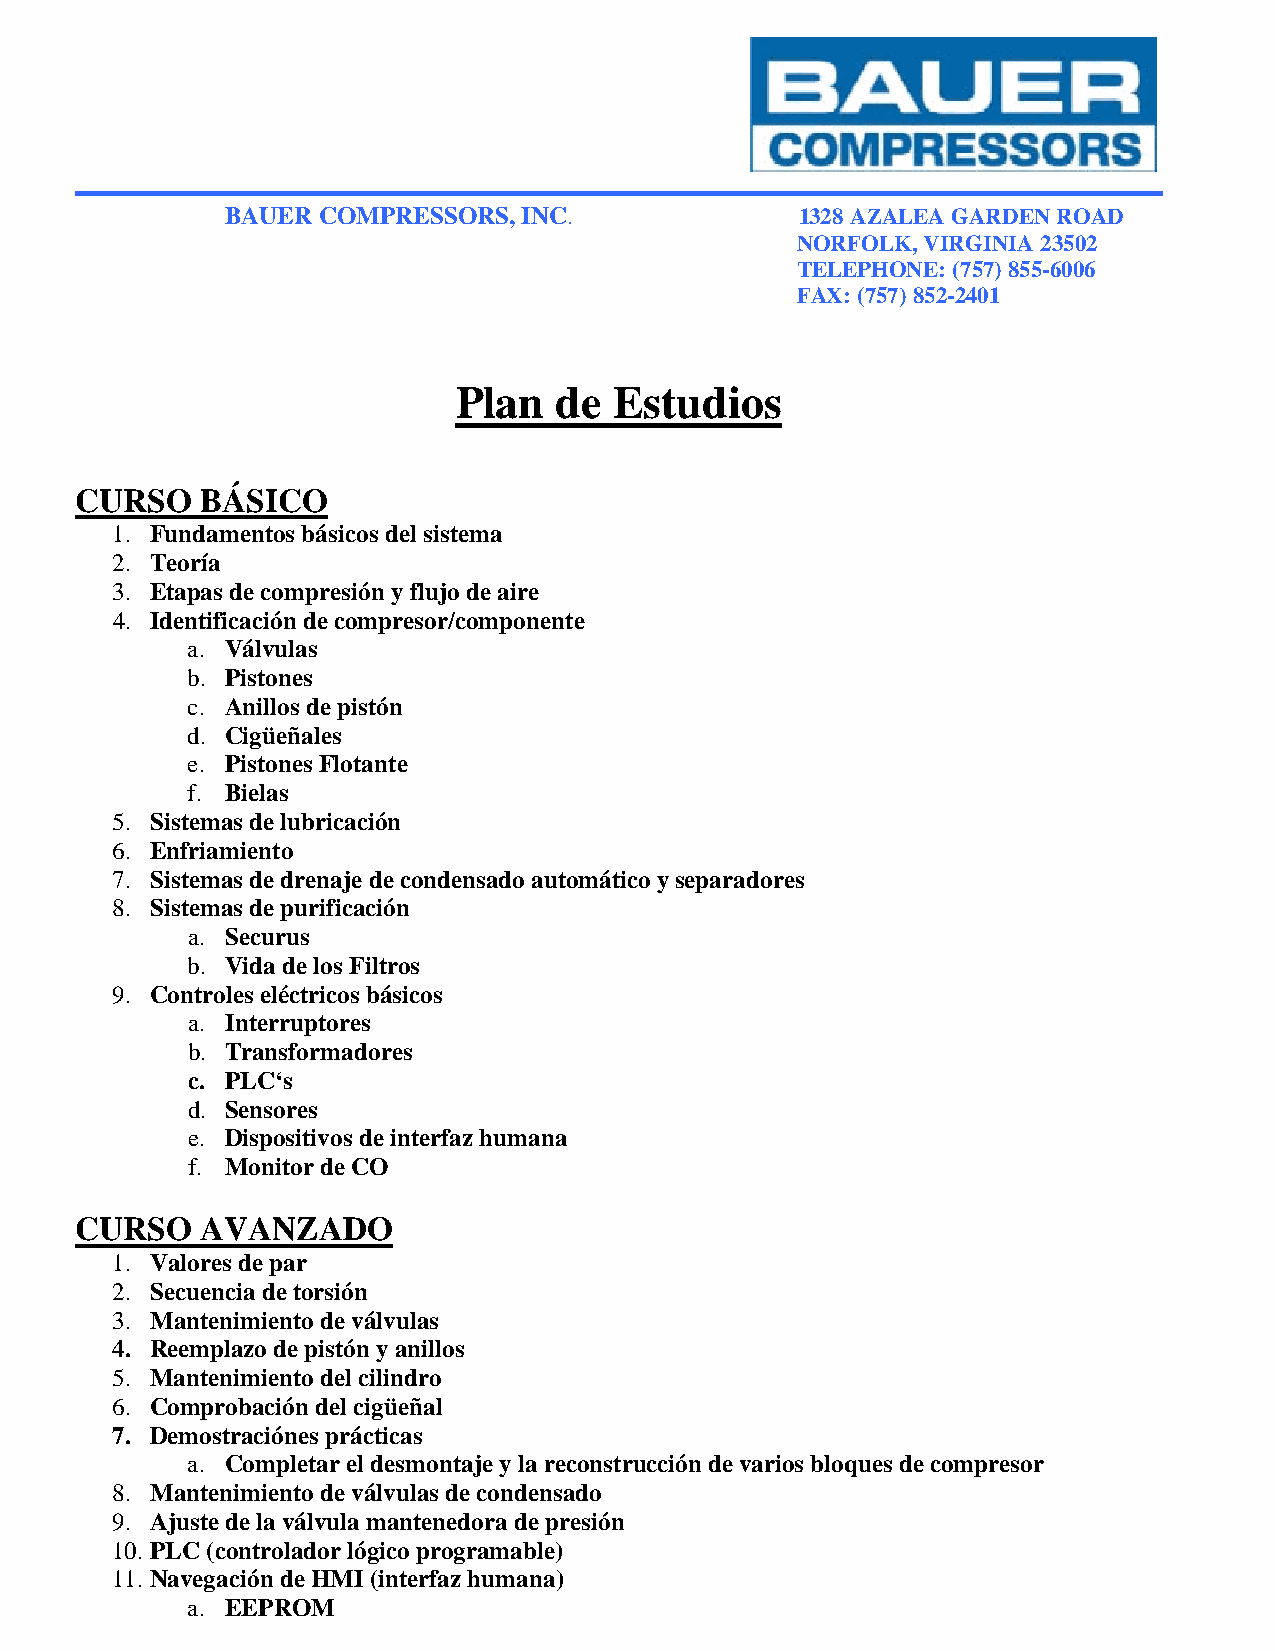
BAUER COMPRESSORS,  INC.              1328 AZALEA GARDEN ROAD
 NORFOLK, VIRGINIA 23502
 TELEPHONE: (757) 855-6006
 FAX: (757) 852-2401
 Plan   de  Estudios
 CURSO   BÁSICO
 1. Fundamentos básicos del sistema
 2. Teoría
 3. Etapas de compresión y flujo de aire
 4. Identificación de compresor/componente
 a. Válvulas
 b. Pistones
 c. Anillos de pistón
 d. Cigüeñales
 e. Pistones Flotante
 f. Bielas
 5. Sistemas de lubricación
 6. Enfriamiento
 7. Sistemas de drenaje de condensado automático y separadores
 8. Sistemas de purificación
 a. Securus
 b. Vida de los Filtros
 9. Controles eléctricos básicos
 a. Interruptores
 b. Transformadores
 c. PLC‘s
 d. Sensores
 e. Dispositivos de interfaz humana
 f. Monitor de CO
 CURSO   AVANZADO
 1. Valores de par
 2. Secuencia de torsión
 3. Mantenimiento de válvulas
 4. Reemplazo de pistón y anillos
 5. Mantenimiento del cilindro
 6. Comprobación del cigüeñal
 7. Demostraciónes prácticas
 a. Completar el desmontaje y la reconstrucción de varios bloques de compresor
 8. Mantenimiento de válvulas de condensado
 9. Ajuste de la válvula mantenedora de presión
 10. PLC (controlador lógico programable)
 11. Navegación de HMI (interfaz humana)
 a. EEPROM